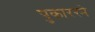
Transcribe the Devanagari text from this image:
पुकाररने